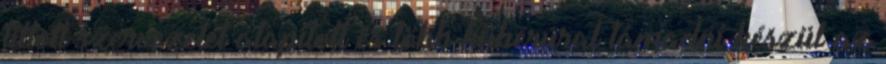
tiltott szervezetet alapított és több hübérúral támadni készül az